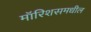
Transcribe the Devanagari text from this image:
मॉरिशसमधील